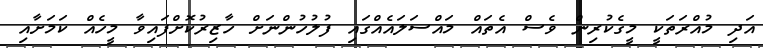
އަދި މުއްރަތަކީ މީގެކުރިން ވެސް އެތައް މައްސަލައެއްގައި ފުލުހުންނަށް ހާޒިރުކޮށްފައިވާ މީހެއް ކަމަށާއި